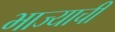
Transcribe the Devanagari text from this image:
भाज्याची